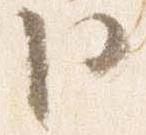
臣